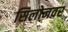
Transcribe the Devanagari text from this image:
सिलोनवर